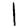
Digit: 1